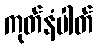
ကုတ်နံပါတ်